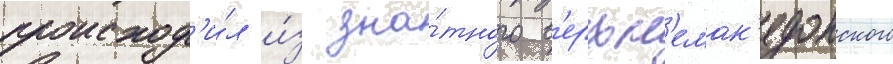
происход'и́л и́з зна́тного в'ерхн'емак'едонского